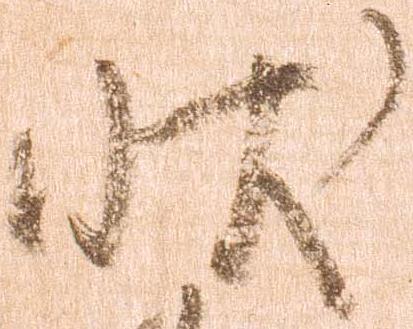
状